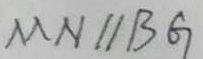
M N / / B G